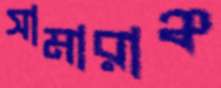
সামারাঞ্চ